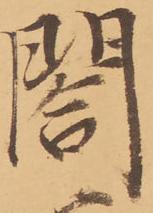
閣